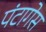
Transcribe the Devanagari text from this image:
पंटागेस